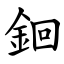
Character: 䤧